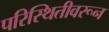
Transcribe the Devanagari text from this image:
परिस्थितीवरून